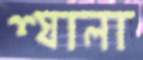
শ্যালা